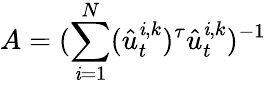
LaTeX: A=(\sum_{\mathit{i}=1}^{N}(\hat{{u}}_{t}^{\mathit{i},k})^{\tau}\hat{{u}}_{t}^{\mathit{i},k})^{-1}